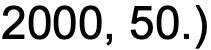
2000, 50.)